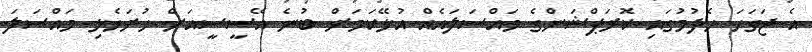
އެ ޖަގަހަ ހެދުމުގައި ކޮރަޕްޝަންގެ މައްސަލައެއް އުޅޭކަމަށް ބުނެ އޭސީސީއަށް ހުށަހެޅި މައްސަލަ